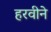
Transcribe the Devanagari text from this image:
हरवीने